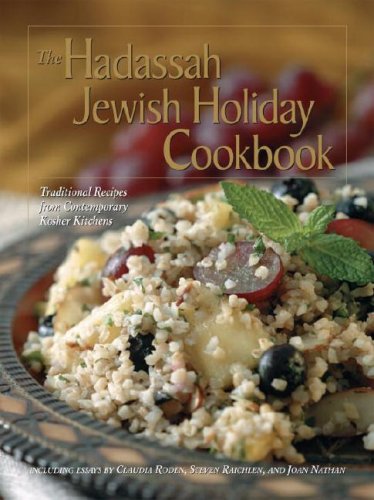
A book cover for The Hadassah Jewish Holiday Cookbook: Traditional Recipes from Contemporary Kosher Kitchens; Cookbooks, Food & Wine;